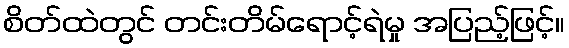
စိတ်ထဲတွင် တင်းတိမ်ရောင့်ရဲမှု အပြည့်ဖြင့်။